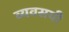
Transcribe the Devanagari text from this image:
व्यवसयी